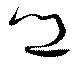
郷